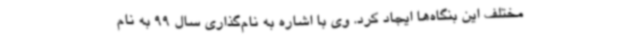
مختلف این بنگاه‌ها ایجاد کرد. وی با اشاره به نام‌گذاری سال 99 به نام